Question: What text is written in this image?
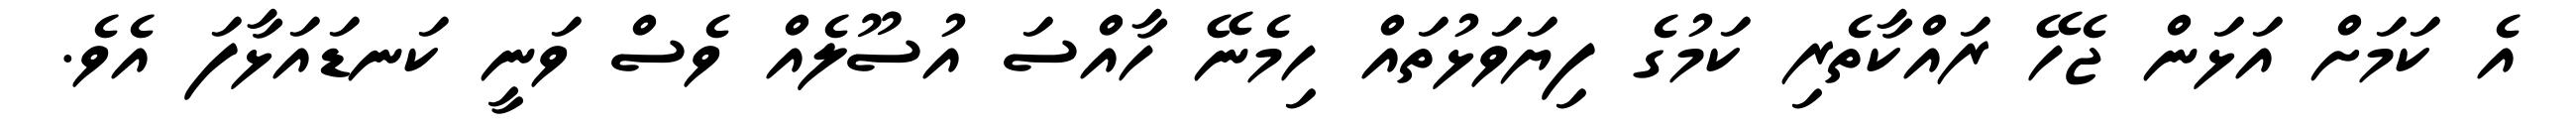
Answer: އެ ކަމަށް އަޅަން ޖެހޭ ރައްކާތެރި ކަމުގެ ފިޔަވަޅުތައް ހިމެނޭ ހާއްސަ އުސޫލެއް ވެސް ވަނީ ކަނޑައަޅާފަ އެވެ.